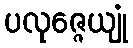
ပလုဇ္ဇေယျုံ